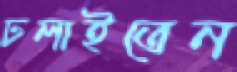
ঢলাইতেন